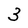
Character: 3